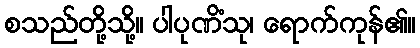
စသည်တို့သို့။ ပါပုဏိံသု၊ ရောက်ကုန်၏။